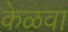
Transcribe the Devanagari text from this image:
केळवा